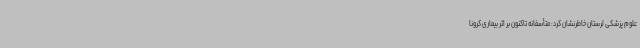
علوم پزشکی لرستان خاطرنشان کرد: متأسفانه تاکنون بر اثر بیماری کرونا